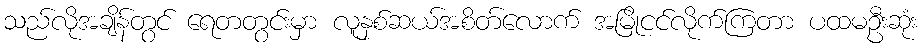
သည်လိုအချိန်တွင် ရေတတွင်းမှာ လူနှစ်ဆယ်အစိတ်လောက် အမြိုငင်လိုက်ကြတာ ပထမဦးဆုံး